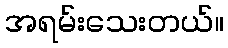
အရမ်းသေးတယ်။